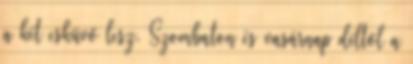
a két esküvő lesz. Szombaton és vasárnap déltől a